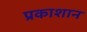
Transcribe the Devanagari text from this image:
प्रकाशान